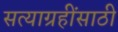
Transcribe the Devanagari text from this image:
सत्याग्रहींसाठी